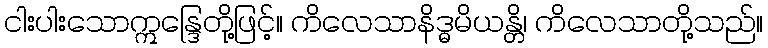
ငါးပါးသောဣန္ဒြေတို့ဖြင့်။ ကိလေသာနိဒ္ဓမိယန္တိ၊ ကိလေသာတို့သည်။